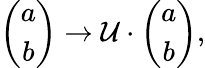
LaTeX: \left(\begin{array}{c}{{{a}}}\\ {{{b}}}\end{array}\right)\to\mathcal{U}\cdot\left(\begin{array}{c}{{a}}\\ {{b}}\end{array}\right),